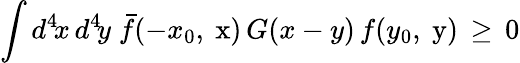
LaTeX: \int d^{4}\! x\, d^{4}\! y\; \bar{f}(-x_{0},\mathrm{\mathbf~x})\, G(x-y)\, f(y_{0},\mathrm{\mathbf~y})\, \ge\, 0